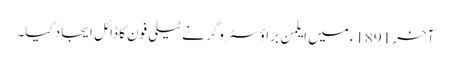
آخر 1891ءمیں ایلمن براؤ سٹروگر نے ٹیلی فون کا ڈائل ایجاد کیا۔